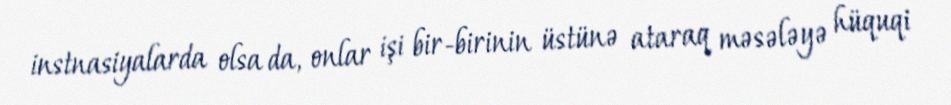
instnasiyalarda olsa da, onlar işi bir-birinin üstünə ataraq məsələyə hüquqi